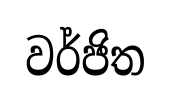
වර්ජිත